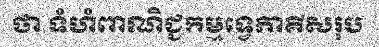
ថា ទំហំពាណិជ្ជកម្មទ្វេភាគីសរុប